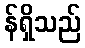
န်ရှိသည်